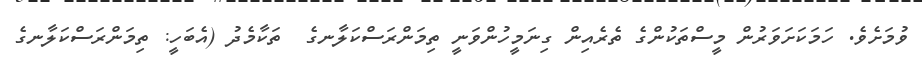
ވުމަށެވެ. ހަމަކަށަވަރުން މީސްތަކުންގެ ތެރެއިން ގިނަމީހުންވަނީ ތިމަންރަސްކަލާނގެ  ތަކާމެދު (އެބަހީ: ތިމަންރަސްކަލާނގެ